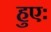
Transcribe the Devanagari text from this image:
हुएः